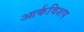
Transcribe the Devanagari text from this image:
आर्कविशप